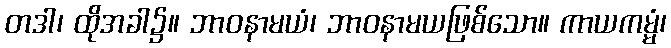
တဒါ၊ ထိုအခါ၌။ ဘာဝနာမယံ၊ ဘာဝနာမယဖြစ်သော။ ကာယကမ္မံ၊